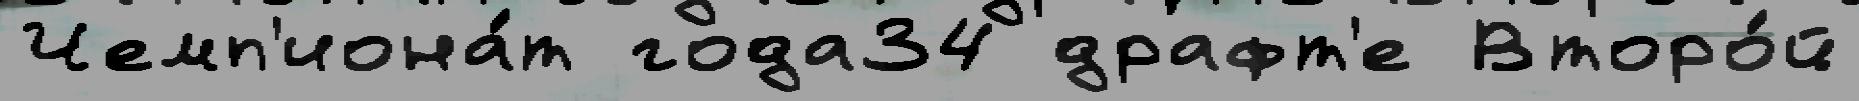
Чемп'иона́т года34 драфт'е Второ́й